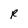
Character: R